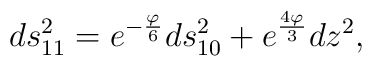
ds^2_{11}=e^{-\frac{\varphi}{6}}ds^2_{10}+e^{\frac{4\varphi}{3}}dz^2,